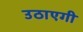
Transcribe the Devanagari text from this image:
उठाएगी